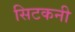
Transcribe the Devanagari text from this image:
सिटकनी